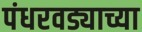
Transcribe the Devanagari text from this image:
पंधरवड्याच्या